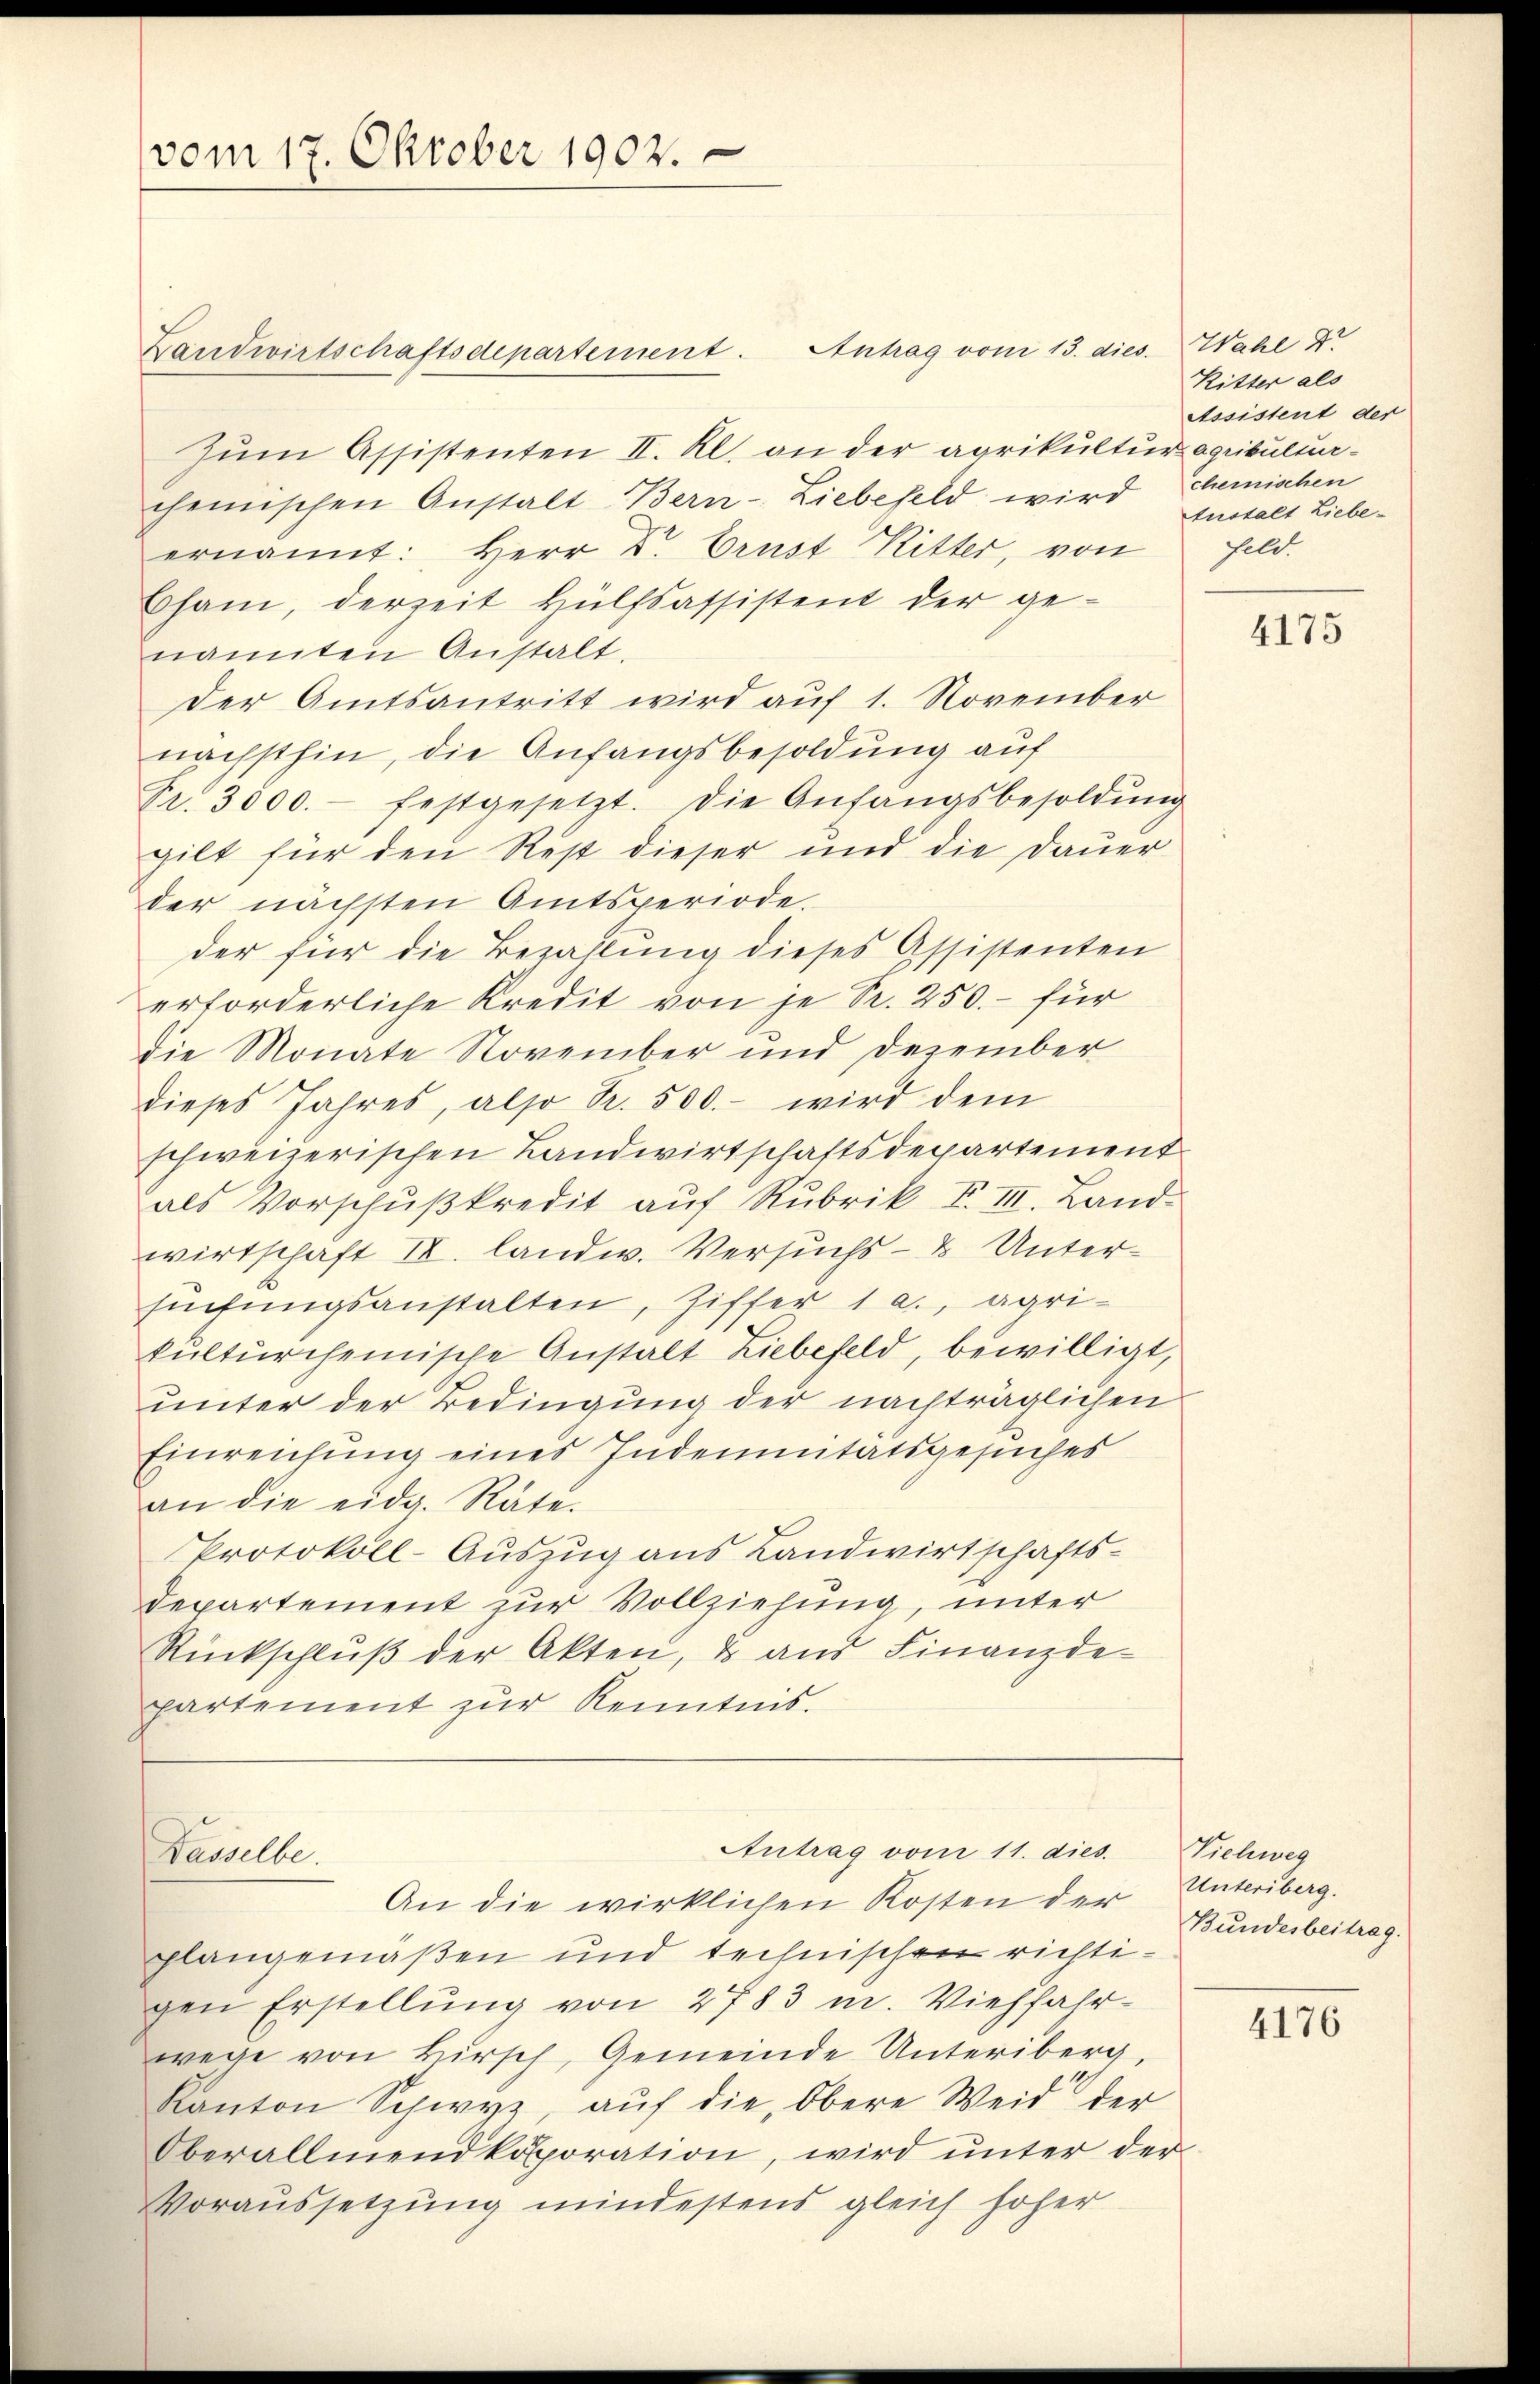
vom 17. Oktober 1902.

Landwirtschaftsdepartement. Antrag vom 13. dies. Wahl 4
zŭm Assistenten II. Kl. an der agrikultur aquibultur-
chemischen Anstalt Bern- Liebefeld wird
ernannt: Herr Dr. Ernst Ritter, von Feld.
Cham, derzeit Hülfsassistent der ge-
namten Anstalt.
Der Amtsantritt wird auf 1. November
nächsthin, die Anfangsbesoldung auf
Fr. 3000.- festgesetzt. Die Anfangsbesoldŭng
gilt für den Rest dieser und die Daŭer
der nächsten Amtsperiode.
der für die Bezahlung dieses Assistenten
erforderliche Kredit von je S. 250.- für
die Monate November und Dezember
dieses Jahres, also Fr. 500.- wird dem
schweizerischen Landwirtschaftsdepartement
als Vorschŭβkredit aŭf Rubrik I. III. Land-
wirtschaft II. landw. Versuchs- & Untersuchungsanstalten, Ziffer 1 a., agri-
kulturcheinische Anstalt Liebefeld, bewilligt,
unter der Bedingung der nachträglichen
Einreichung eines Indemnitätsgesuches
an die eidg. Rate.
Protokoll-Auszug aus Landwirtschafts¬
Departement zur Vollziehung, unter
Rückschlŭβ der Akten, u aŭs Finanzde-
partement zŭr Kenntnis.
Antrag vom 11. dies
Wasselbe.
An die wirklichen Kosten der
plangemaßen und technischen richtigen Erstellung von 2783 m. Viehfahr-
wege von Bursch, Gemeinde Unteriberg,
Kanton Schwyz, aŭf die Obere Weid der
Oberallmendkosporation, wird unter der
Voraŭssetzŭng mindestens gleich höher

Ritter als
Assistent der
chemischen
tustalt Liebe¬

4175

Vichweg
Untersberg.
Bundesbeitrag.

4176